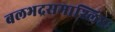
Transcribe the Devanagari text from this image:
बलभद्रसमाश्लिष्टः